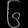
Digit: ၆